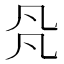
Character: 𠘻